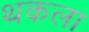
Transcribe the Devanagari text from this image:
थकला